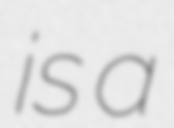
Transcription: is a